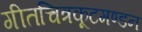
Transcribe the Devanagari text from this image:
गीतचित्रकूटमण्डन